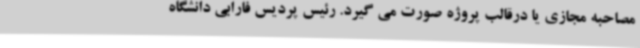
مصاحبه مجازی یا درقالب پروژه صورت می گیرد. رئیس پردیس فارابی دانشگاه